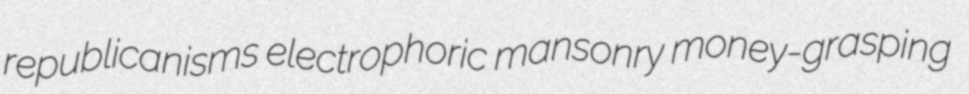
republicanisms electrophoric mansonry money-grasping